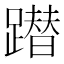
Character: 𨅕